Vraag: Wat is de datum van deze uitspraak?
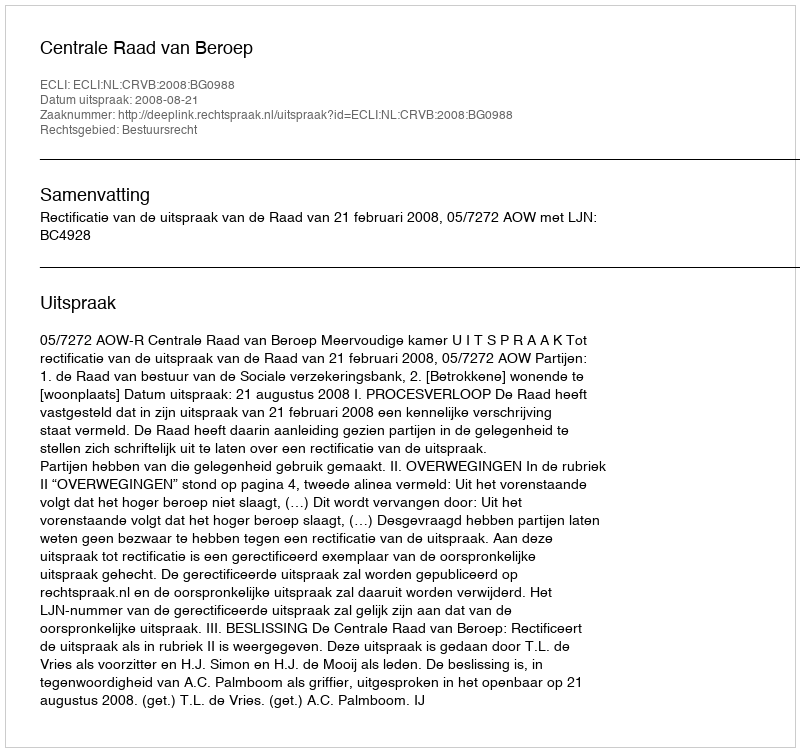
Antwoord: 2008-08-21